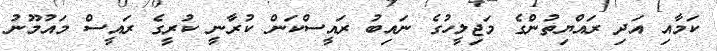
ކަމާއި އަދި ރައްޔިތުންގެ މަޖިލީހުގެ ނައިބު ރައީސްކަން ކުރާނީ ކުރީގެ ރައީސް މައުމޫނު